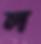
ল